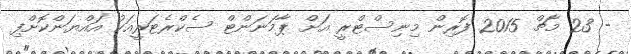
- 23 މާޗް 2015 ފޮރިން މިނިސްޓްރީ އަށް ޕާމަނަންޓް ސެކްރެޓަރީއަކު އައްޔަންކޮށްފި